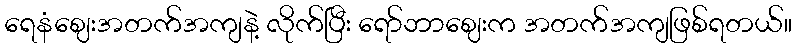
ရေနံဈေးအတက်အကျနဲ့ လိုက်ပြီး ရော်ဘာဈေးက အတက်အကျဖြစ်ရတယ်။